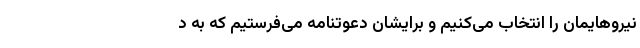
نیروهایمان را انتخاب می‌کنیم و برایشان دعوتنامه می‌فرستیم که به د